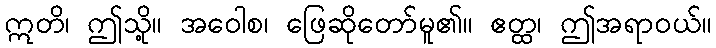
ဣတိ၊ ဤသို့။ အဝေါစ၊ ဖြေဆိုတော်မူ၏။ ဧတ္ထ၊ ဤအရာဝယ်။